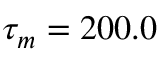
\tau _ { m } = 2 0 0 . 0